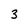
Character: 3